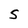
Character: 5